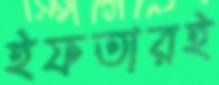
ইফতারই